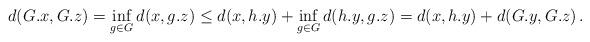
LaTeX: \begin{align*}d(G.x, G.z) = \inf_{g \in G} d(x, g.z) \leq d(x, h.y) + \inf_{g \in G} d(h.y, g.z)= d(x, h.y) + d(G.y, G.z)\,.\end{align*}